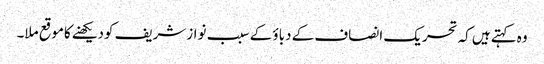
وہ کہتےہیں کہ تحریک انصاف کے دباؤ کے سبب نوازشریف کودیکھنےکاموقع ملا۔